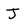
Character: J